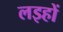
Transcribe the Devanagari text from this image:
लइहों